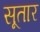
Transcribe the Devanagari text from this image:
सूतार